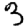
Digit: 3